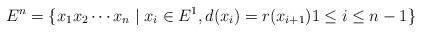
LaTeX: \begin{align*}E^n = \{ x_1x_2\cdots x_n\mid x_i \in E^1, d(x_i) = r(x_{i+1}) 1\leq i \leq n-1\}\end{align*}